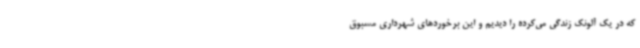
که در یک آلونک زندگی می‌کرده را دیدیم و این برخوردهای شهرداری مسبوق